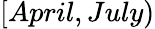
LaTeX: [April,July)